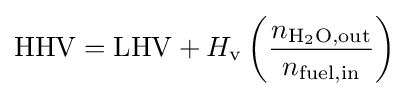
\mathrm {HHV} =\mathrm {LHV} +H_{\mathrm {v} }\left({\frac {n_{\mathrm {H_{2}O,out} }}{n_{\mathrm {fuel,in} }}}\right)